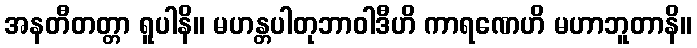
အနတီတတ္တာ ရူပါနိ။ မဟန္တပါတုဘာဝါဒီဟိ ကာရဏေဟိ မဟာဘူတာနိ။